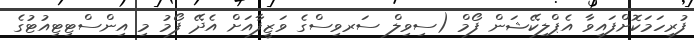
ފުރިހަމަކޮށްފައިވާ އެޕްލިކޭޝަން ފޯމް (ސިވިލް ސަރވިސްގެ ވަޒީފާއަށް އެދޭ ފޯމު މި އިންސްޓިޓިއުޓުގެ